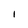
Character: l